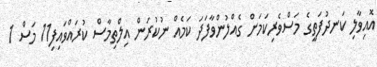
އޮއިވާލި ކަނދުފަތީގެ މަސްވެރިކަމަށް ގެއްލުންވާފަދަ ކަމެއް ނުކުރަން އިލްތިމާސް ކުރައްވައިފި11 މަސް 1